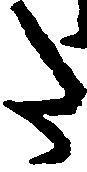
た